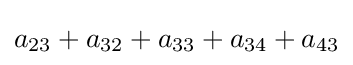
a_{23}+a_{32}+a_{33}+a_{34}+a_{43}